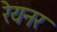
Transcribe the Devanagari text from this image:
रेयनर